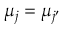
\mu _ { j } = \mu _ { j { ' } }